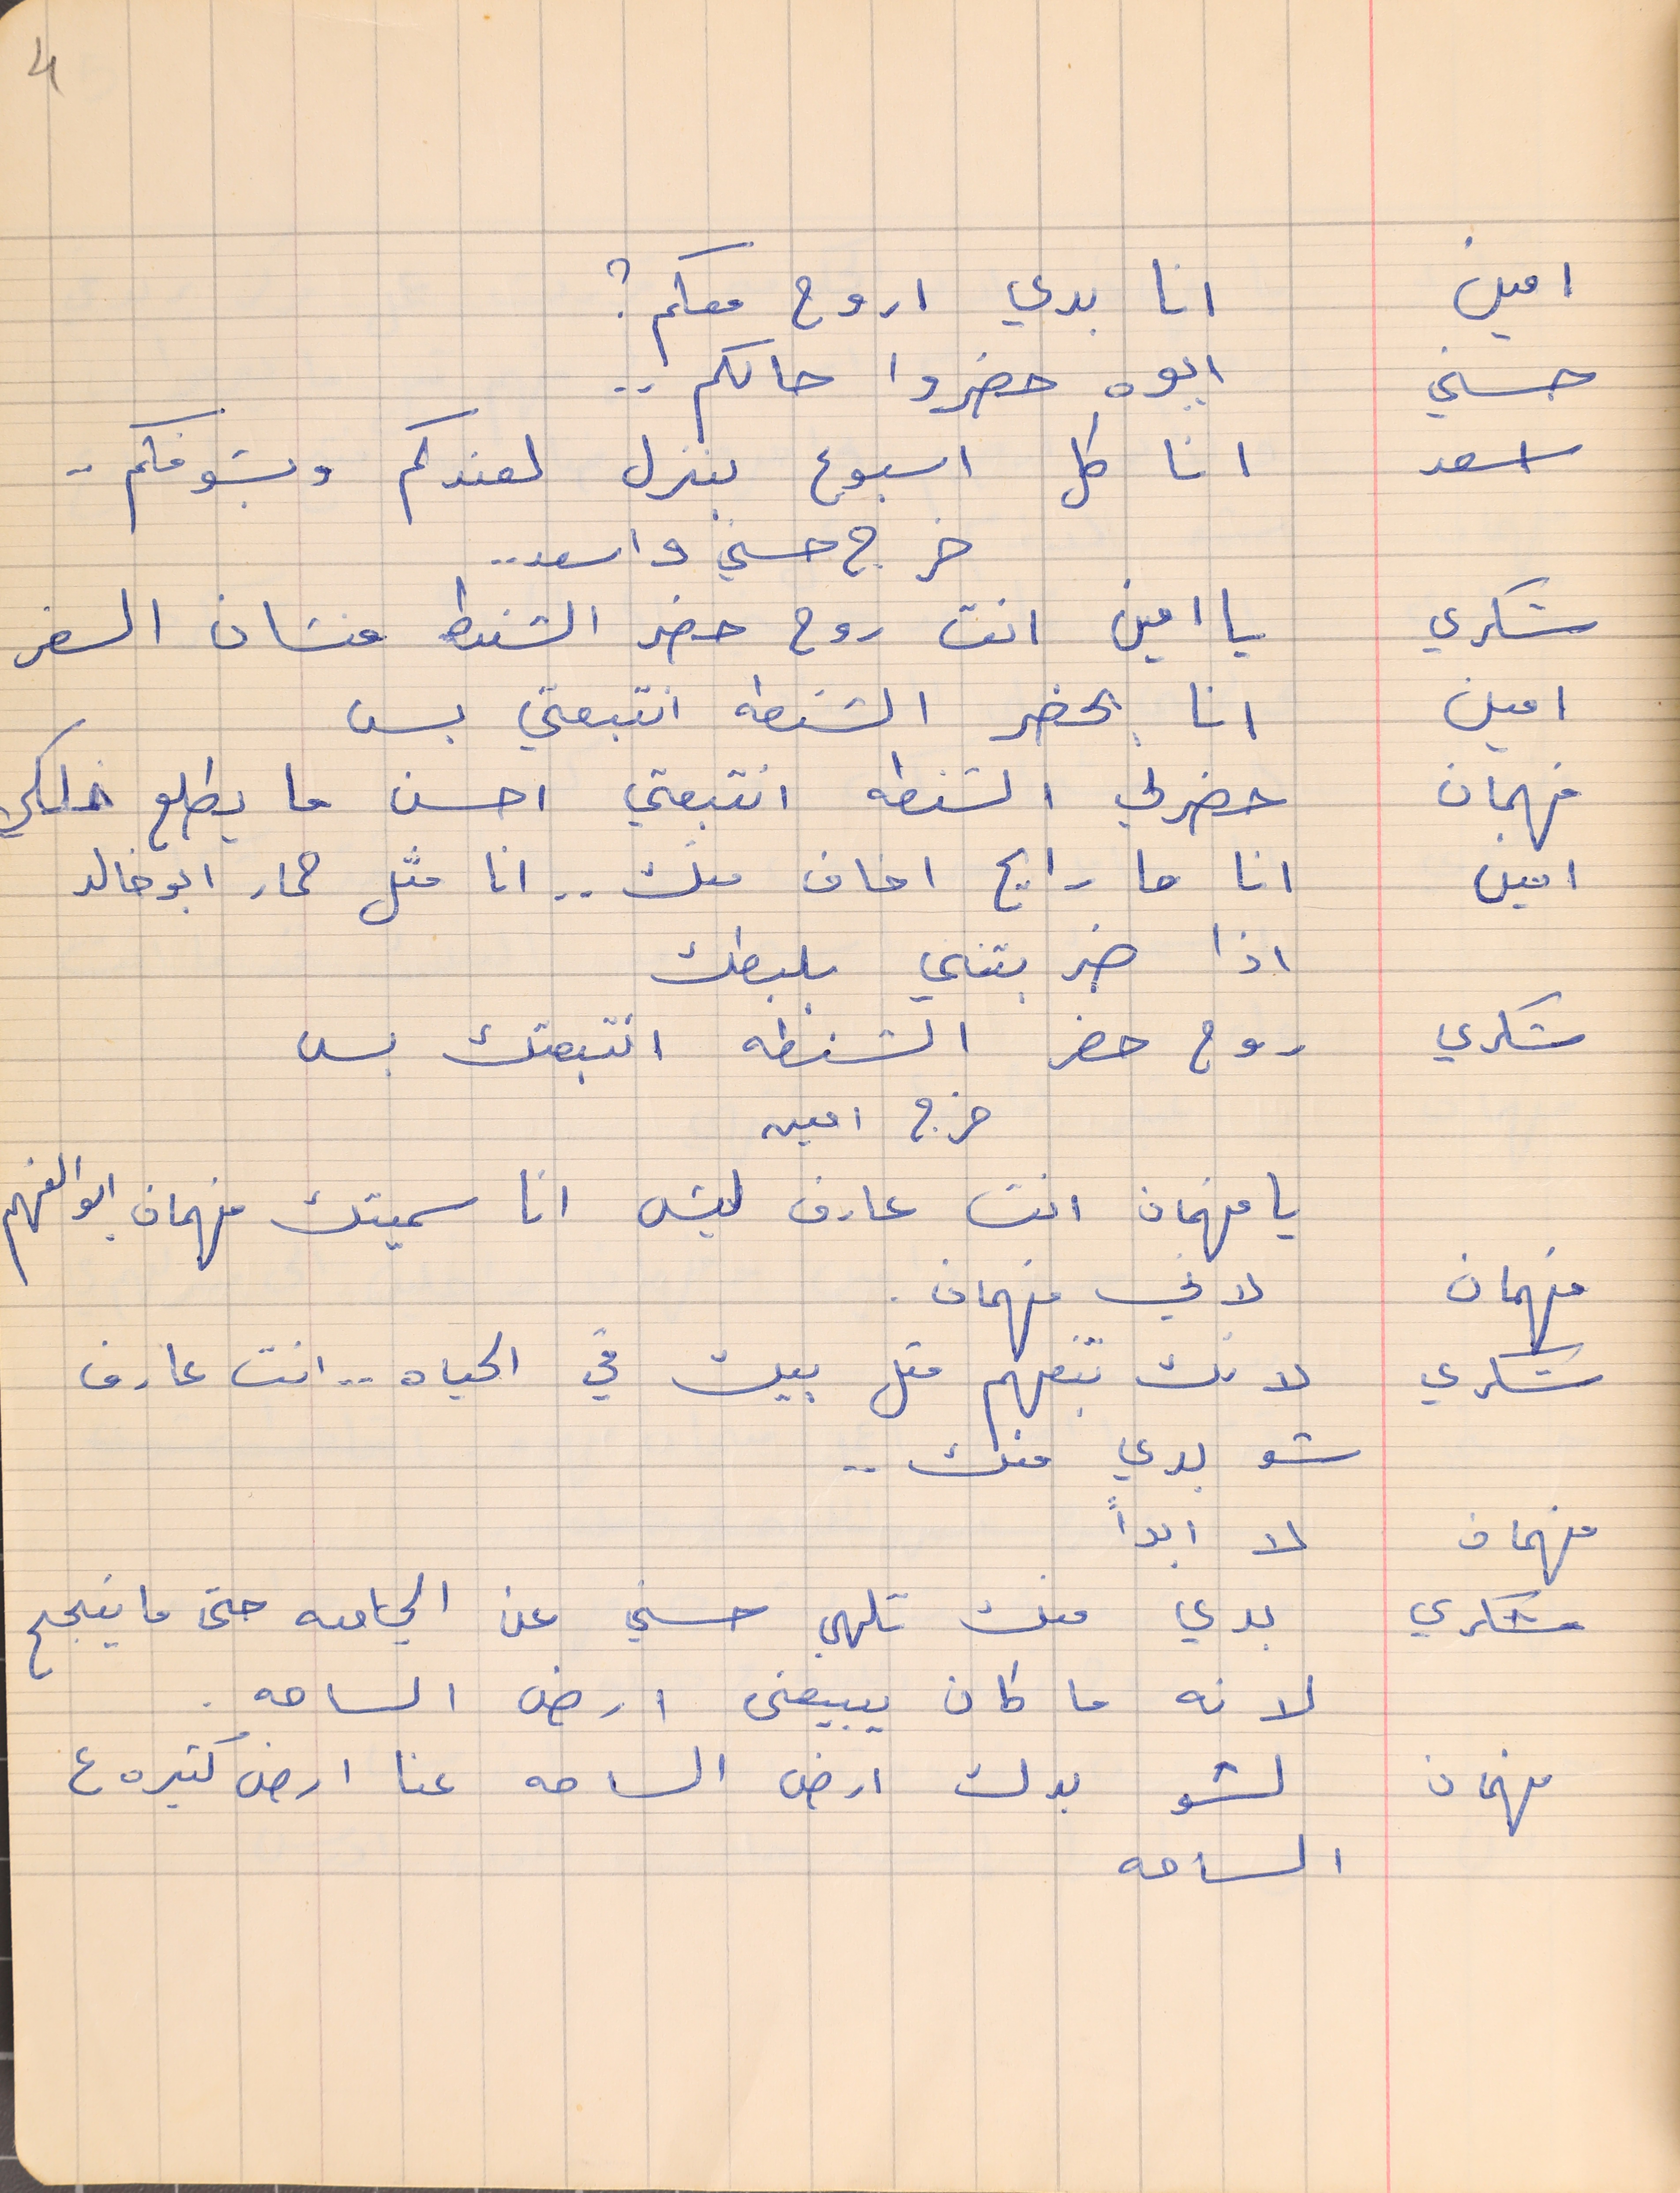
امين         انا بدي اروح معكم ؟
حسني       ايوه حضروا حالكم . .
اسعد         انا كل اسبوع بنزل لعندكم وبشوفكم . .
خرج حسنى واسعد . .
شكري      يا امين انت روح حضر الشنط منشان السفر
امين     انا بحضر الشنطه انتبعتي بس
فهمان   حضرلي الشنطه انتبعتي احسن ما يطلع خلكي
امين      انا ما رايح اخاف منك . . انا مثل حمار ابو خالد
اذا ضربتني بلبطك
شكري       روح حضر الشنطه انتبعتك بس
خرج امين
يا فهمان انت عارف ليش انا سميتك فهمان ابو الفهم
فهمان     لاني فهمان .
شكري    لانك بتفهم متل بيك في الحياه . . انت عارف
فهمان    لا ابداً
شكري    بدي منك تلهي حسني عن الجامعه حتى ما ينجح
 لانه ما كان يبيعنى ارض الساحه .
فهمان    لشو بدك ارض الساحه عنا ارض كتيره ع
الساحه
4
شو بدي منك ..